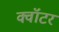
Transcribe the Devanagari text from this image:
क्वॉटर